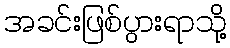
အခင်းဖြစ်ပွားရာသို့